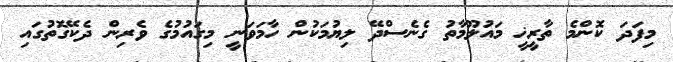
މިފަދަ ކޮންމެ ތާރީޚީ މައުލޫމާތު ގެނެސްދޭ ލިޔުމަކުން ހާމަވަނީ މިގައުމުގެ ވެރިން ދެކޭގޮތުގައި